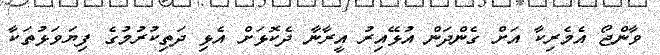
ވާންޖޯ އެމެރިކާ އަށް ގެންދަން އުޅޭއިރު އީރާނާ ދެކޮޅަށް އެޅި ދަތިކުރުމުގެ ފިޔަވަޅުތަކާ